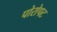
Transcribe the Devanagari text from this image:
पोरोपट